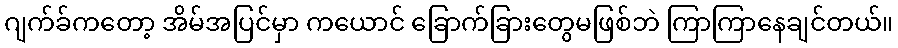
ဂျက်ခ်ကတော့ အိမ်အပြင်မှာ ကယောင် ခြောက်ခြားတွေမဖြစ်ဘဲ ကြာကြာနေချင်တယ်။